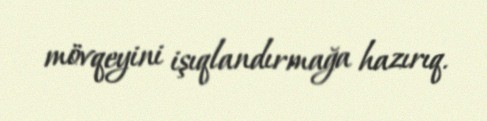
mövqeyini işıqlandırmağa hazırıq.